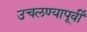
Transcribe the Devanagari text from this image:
उचलण्यापूर्वी